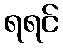
ရရင်